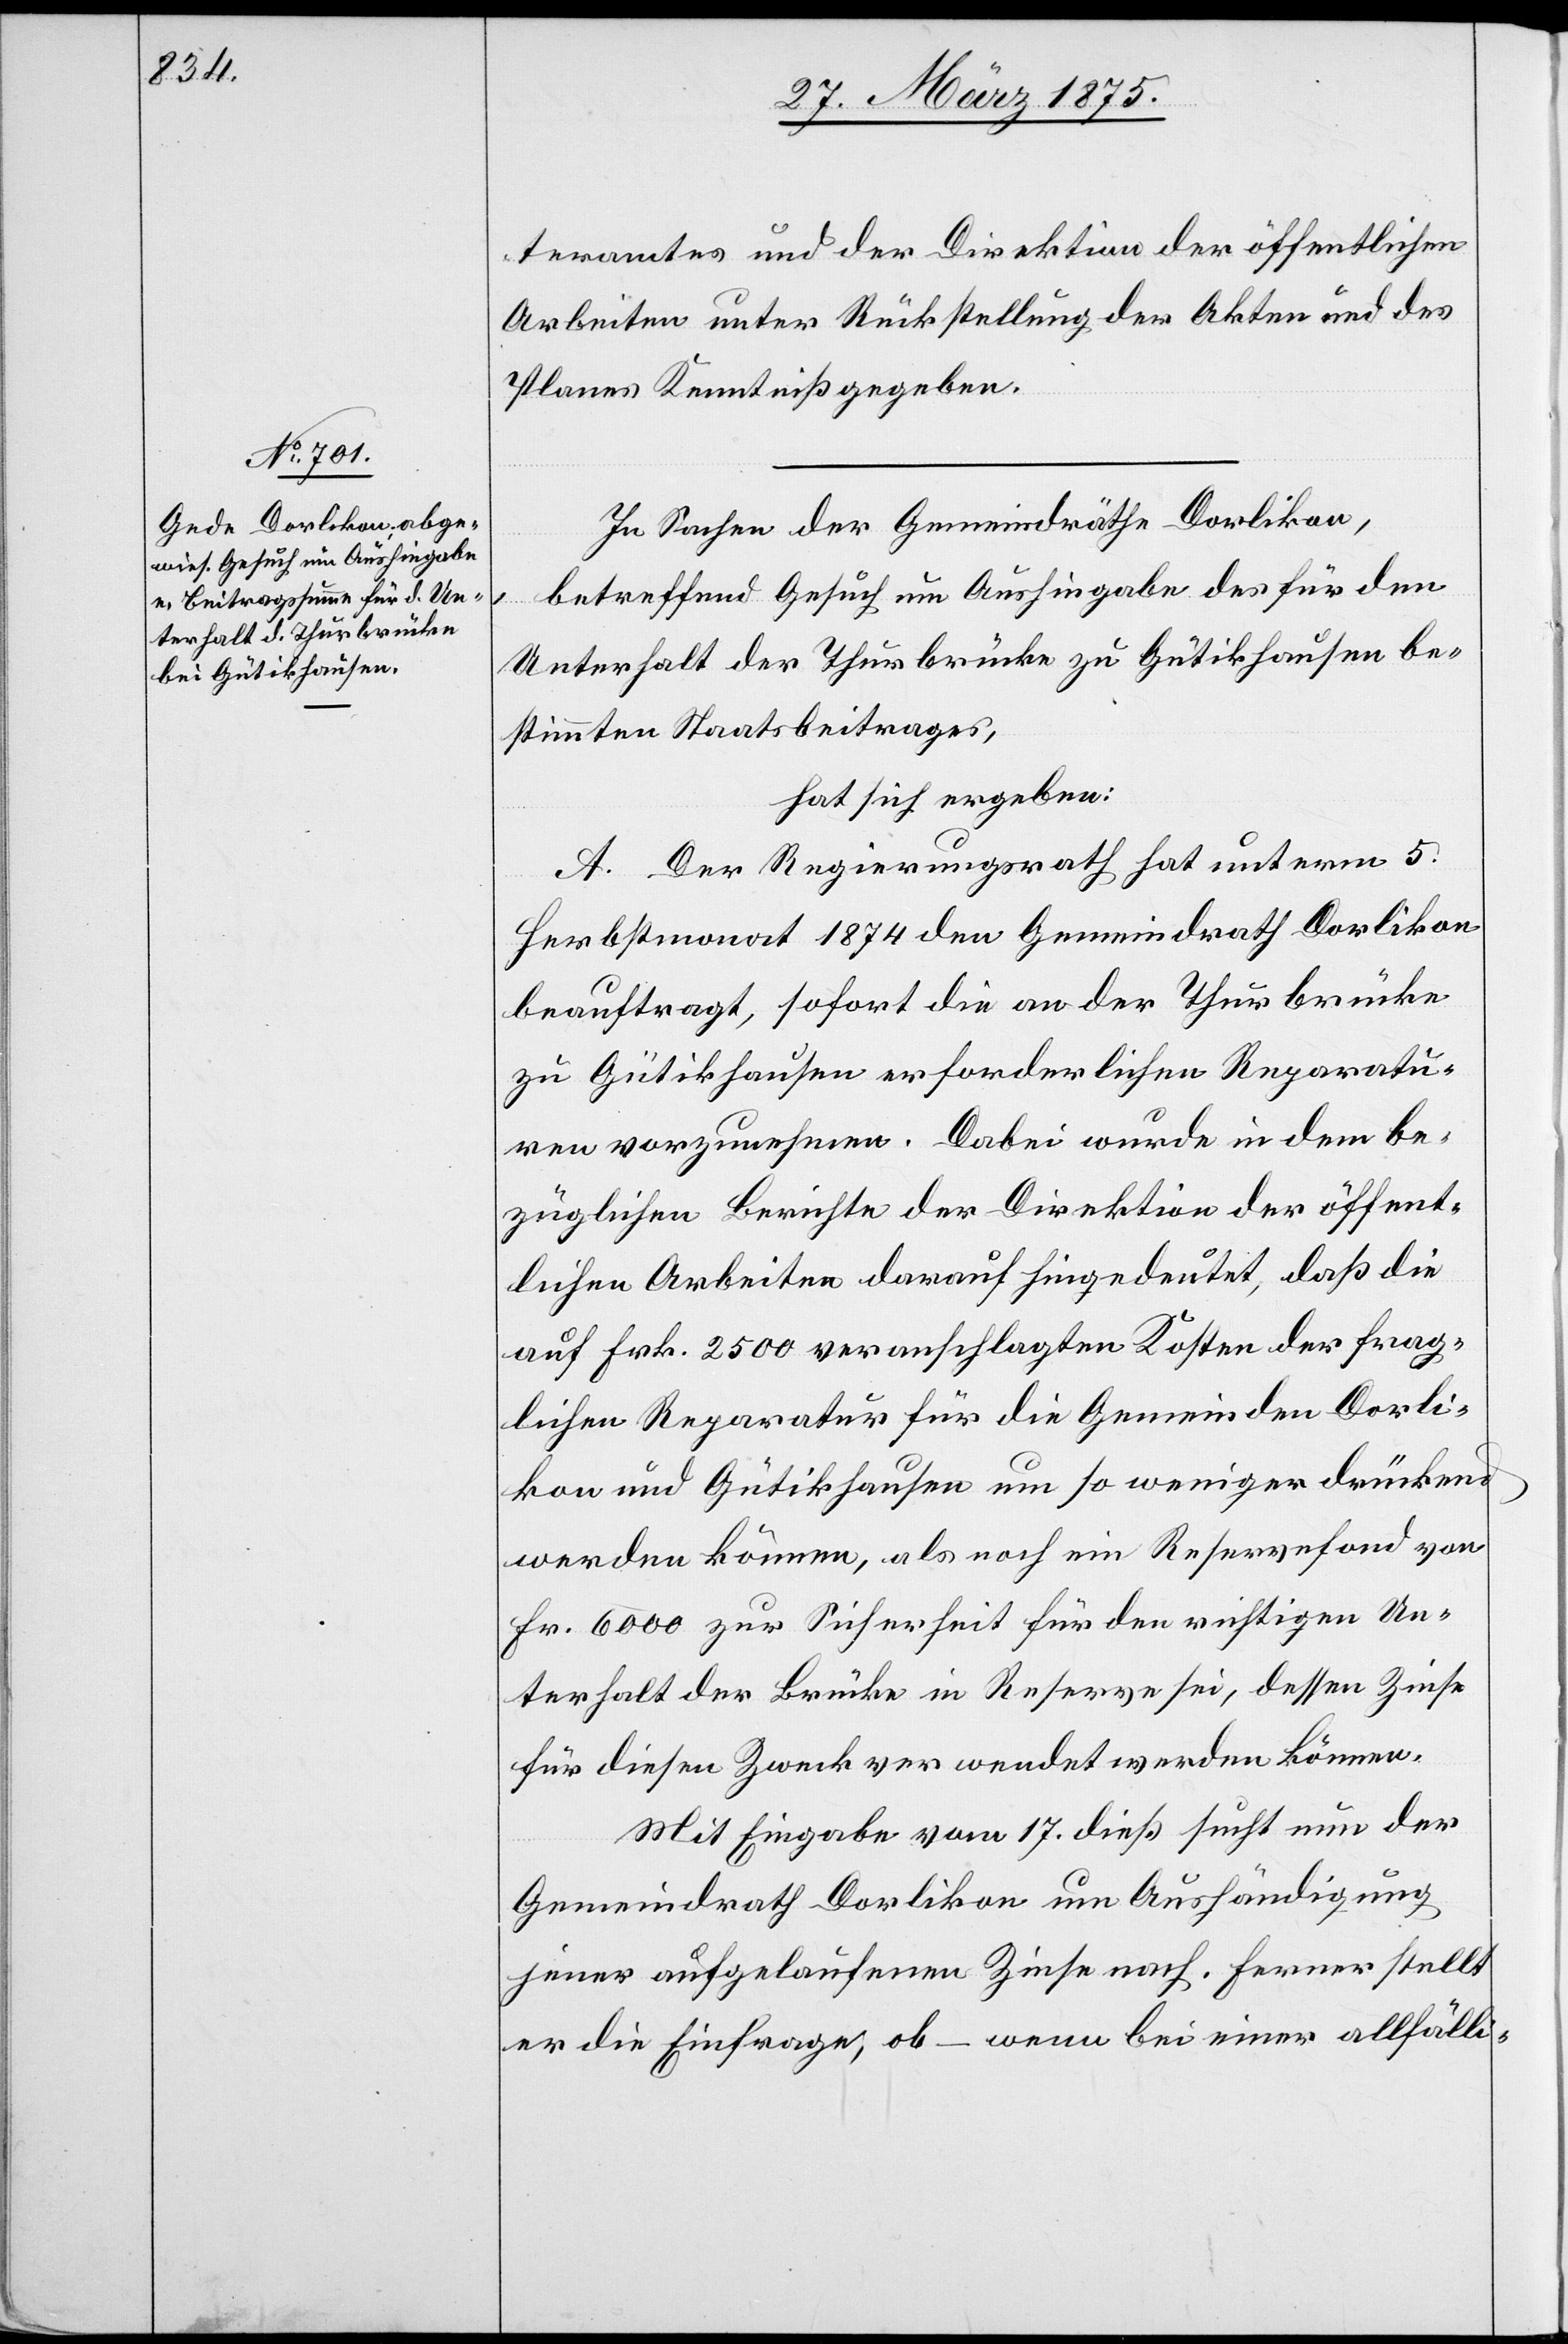
teramtes und der Direktion der öffentlichen
Arbeiten unter Rückstellung der Akten und des
Planes Kenntniß gegeben.
In Sachen der Gemeindräthe Dorlikon,
betreffend Gesuch um Aushingabe des für den
Unterhalt der Thurbrücke zu Gütikhausen be¬
stimmten Staatsbeitrages,
hat sich ergeben:
A. Der Regierungsrath hat unterm 5.
Herbstmonat 1874 den Gemeindrath Dorlikon
beauftragt, sofort die an der Thurbrücke
zu Gütikhausen erforderlichen Reparatu¬
ren vorzunehmen. Dabei wurde in dem be¬
züglichen Berichte der Direktion der öffent¬
lichen Arbeiten darauf hingedeutet, daß die
auf Frk. 2500 veranschlagten Kosten der frag¬
lichen Reparatur für die Gemeinden Dorli¬
kon und Gütikhausen um so weniger drückend
werden können, als noch ein Reservefond von
Fr. 6000 zur Sicherheit für den richtigen Un¬
terhalt der Brücke in Reserve sei, dessen Zinse
für diesen Zweck verwendet werden können.
Mit Eingabe vom 17. dieß sucht nun der
Gemeindrath Dorlikon um Aushändigung
jener aufgelaufenen Zinse nach. Ferner stellt
er die Einfrage, ob – wenn bei einer allfälli-